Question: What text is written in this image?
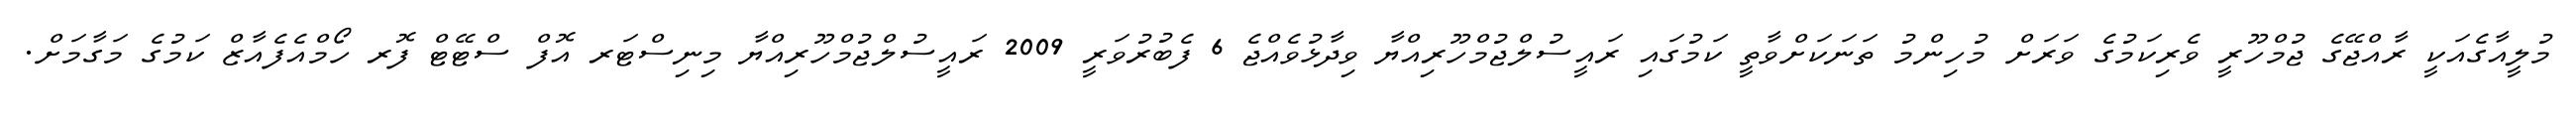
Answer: މުލީއާގެއަކީ ރާއްޖޭގެ ޖުމްހޫރީ ވެރިކަމުގެ ވަރަށް މުހިންމު ތަނަކަށްވާތީ ކަމުގައި ރައީސުލްޖުމްހޫރިއްޔާ ވިދާޅުވެއްޖެ 6 ފެބުރުވަރީ 2009 ރައީސުލްޖުމްހޫރިއްޔާ މިނިސްޓަރ އޮފް ސްޓޭޓް ފޮރ ހޯމްއެފެއާޒް ކަމުގެ މަގާމަށް.